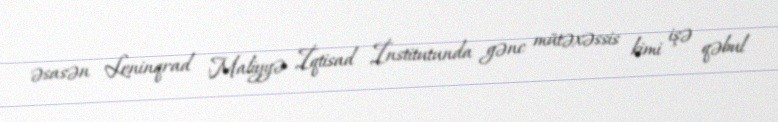
əsasən Leninqrad Maliyyə İqtisad İnstitutunda gənc mütəxəssis kimi işə qəbul